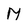
Character: M